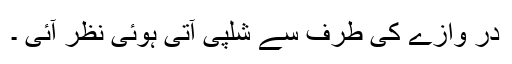
در وازے کی طرف سے شلپی آتی ہوئی نظر آئی ۔